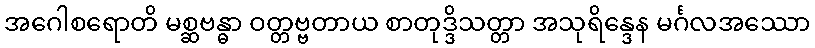
အဂေါစရောတိ မစ္ဆဗန္ဓာ ဝတ္တဗ္ဗတာယ စာတုဒ္ဒိသတ္တာ အသုရိန္ဒေန မင်္ဂလအဿော